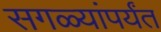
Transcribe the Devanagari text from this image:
सगळ्यांपर्यंत